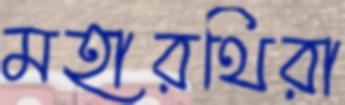
মহারথিরা